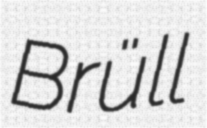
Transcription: Brüll